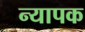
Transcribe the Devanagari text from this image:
न्यापक